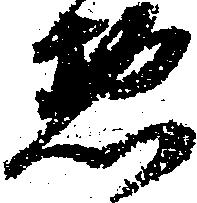
惣